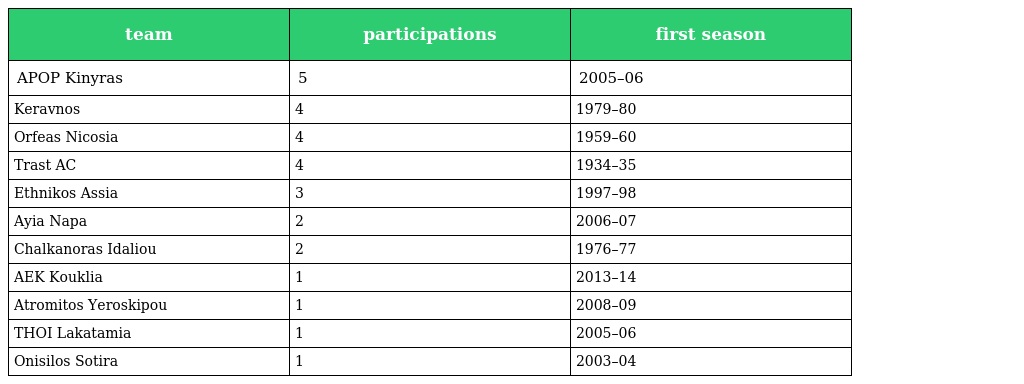
| team | participations | first season |
 | --- | --- | --- |
 | APOP Kinyras | 5 | 2005–06 |
 | Keravnos | 4 | 1979–80 |
 | Orfeas Nicosia | 4 | 1959–60 |
 | Trast AC | 4 | 1934–35 |
 | Ethnikos Assia | 3 | 1997–98 |
 | Ayia Napa | 2 | 2006–07 |
 | Chalkanoras Idaliou | 2 | 1976–77 |
 | AEK Kouklia | 1 | 2013–14 |
 | Atromitos Yeroskipou | 1 | 2008–09 |
 | THOI Lakatamia | 1 | 2005–06 |
 | Onisilos Sotira | 1 | 2003–04 |